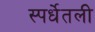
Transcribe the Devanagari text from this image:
स्पर्धेतली